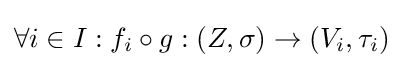
\forall i\in I:f_{i}\circ g:(Z,\sigma )\to (V_{i},\tau _{i})